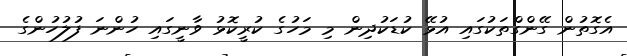
އެގޮތުން ގޭންގްތަކުގައި އުޅޭ ކުޑަކުދިން މި މަހުގެ ކުރީކޮޅު ވާނީގައި ހުންނަ ފުލުހުންގެ